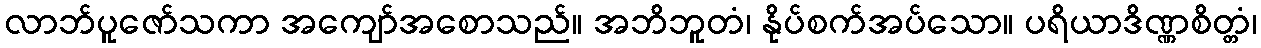
လာဘ်ပူဇော်သကာ အကျော်အစောသည်။ အဘိဘူတံ၊ နိုပ်စက်အပ်သော။ ပရိယာဒိဏ္ဏစိတ္တံ၊